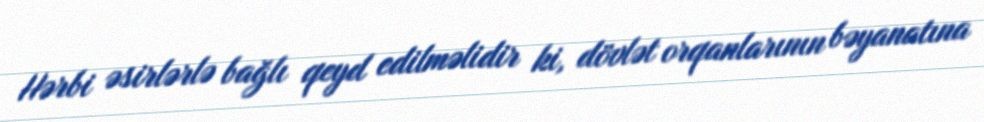
Hərbi əsirlərlə bağlı qeyd edilməlidir ki, dövlət orqanlarının bəyanatına